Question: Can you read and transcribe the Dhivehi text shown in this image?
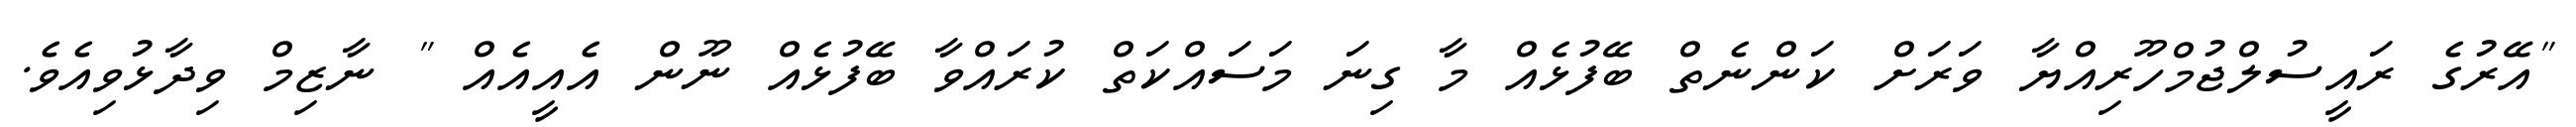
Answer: "އޭރުގެ ރައީސުލްޖުމްހޫރިއްޔާ ވަރަށް ކަންނެތް ބޭފުޅެއް މާ ގިނަ މަސައްކަތް ކުރައްވާ ބޭފުޅެއް ނޫން އެއީއެއް " ނާޒިމް ވިދާޅުވިއެވެ.